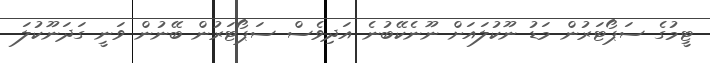
ޓީމުގެ ސަޕޯޓަރުން މަޑު ނޫކުލައަށް ނޫނެކޭބުނެ އަދިވެސް ސަޕޯޓަރުން ބޭނުން ވަނީ ގަދަނޫކުލަ